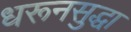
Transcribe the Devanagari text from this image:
धरूनसुद्धा